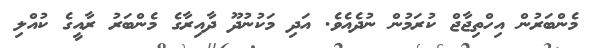
މެންބަރުން އިހްތިޖާޖް ކުރަމުން ނުދެއެވެ. އަދި މަކުނުދޫ ދާއިރާގެ މެންބަރު ރާއީގެ ކުއްލި